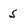
Character: 5